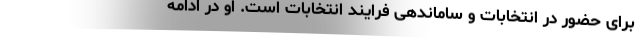
برای حضور در انتخابات و ساماندهی فرایند انتخابات است. او در ادامه